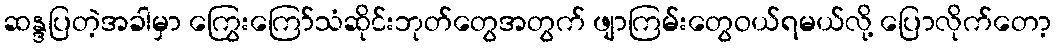
ဆန္ဒပြတဲ့အခါမှာ ကြွေးကြော်သံဆိုင်းဘုတ်တွေအတွက် ဖျာကြမ်းတွေဝယ်ရမယ်လို့ ပြောလိုက်တော့